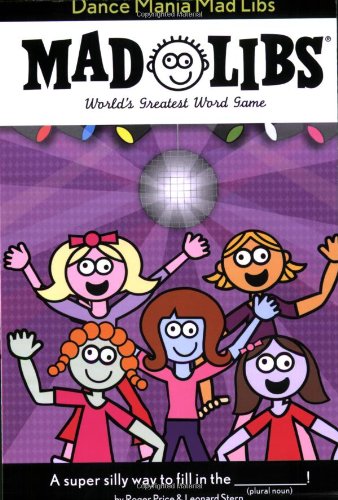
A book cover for Dance Mania Mad Libs; Roger Price; Children's Books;